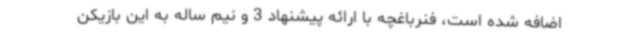
اضافه شده است، فنرباغچه با ارائه پیشنهاد 3 و نیم ساله به این بازیکن